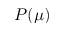
P ( \mu )